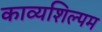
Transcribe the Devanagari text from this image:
काव्यशिल्पम